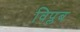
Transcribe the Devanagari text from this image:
विप्लब